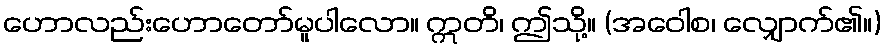
ဟောလည်းဟောတော်မူပါလော။ ဣတိ၊ ဤသို့။ (အဝေါစ၊ လျှောက်၏။)